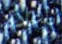
بإعادة